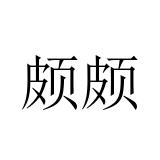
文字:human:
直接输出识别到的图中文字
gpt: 颇颇